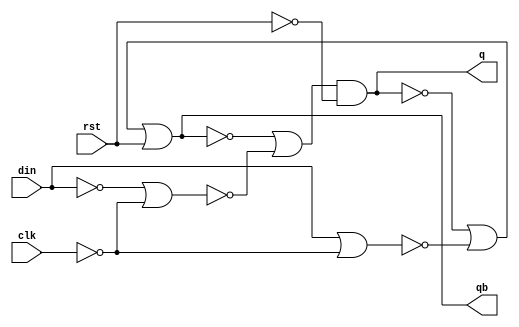
module Dlatch(
		input   rst ,
		input   clk ,
		input   din ,
		output  q,
		output  qb
    );
	 
	 wire q, qb, sb, rb;
	 assign sb = ~din | ~clk;
	 assign rb = din | ~clk;
	 assign q = (~qb | ~sb) & ~rst ;
	 assign qb = ~q | ~rb | rst;

endmodule